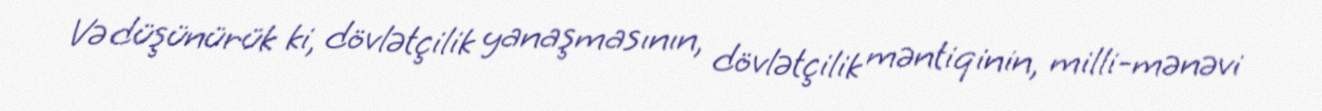
Və düşünürük ki, dövlətçilik yanaşmasının, dövlətçilik məntiqinin, milli-mənəvi